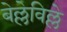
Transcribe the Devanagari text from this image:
बेल्लेविल्ले